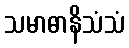
သမာဓာနိသံသံ